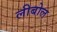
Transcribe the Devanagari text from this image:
लीबोल